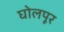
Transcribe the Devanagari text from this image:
घोलपूर